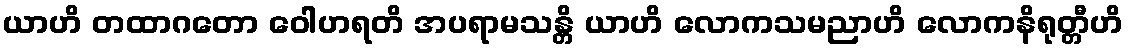
ယာဟိ တထာဂတော ဝေါဟရတိ အပရာမသန္တိ ယာဟိ လောကသမညာဟိ လောကနိရုတ္တီဟိ